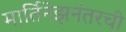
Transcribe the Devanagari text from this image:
मार्तिनेझनंतरची